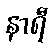
နာရီ